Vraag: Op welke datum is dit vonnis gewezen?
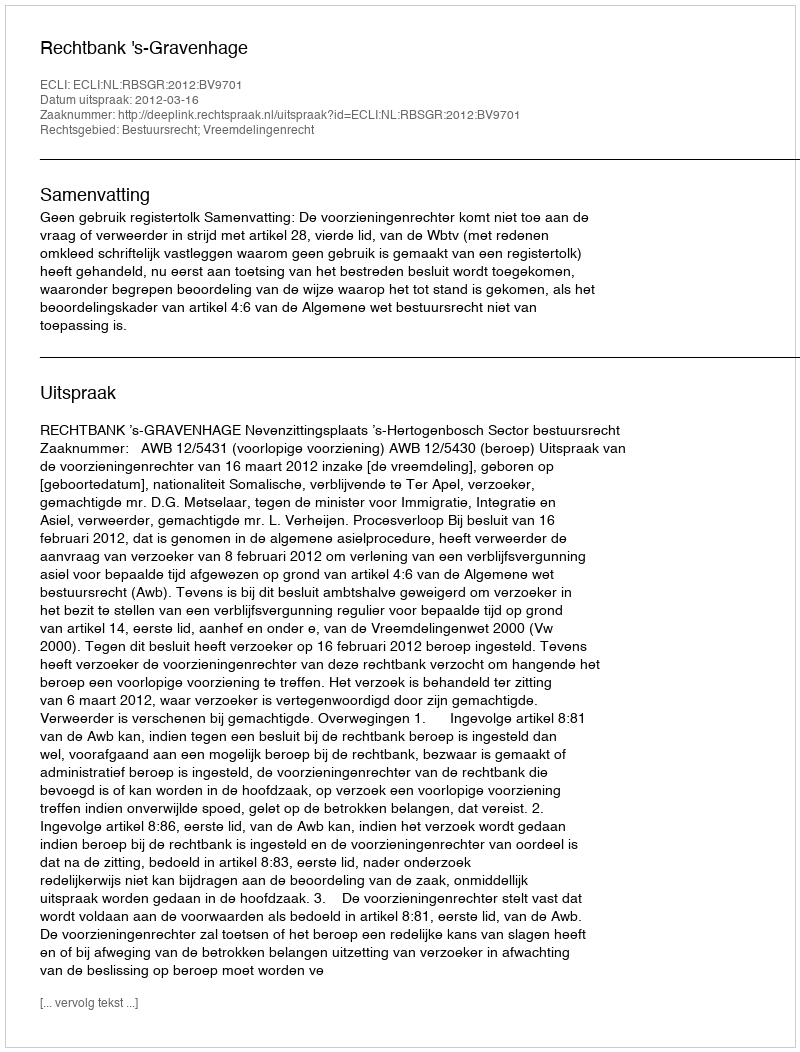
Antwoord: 2012-03-16